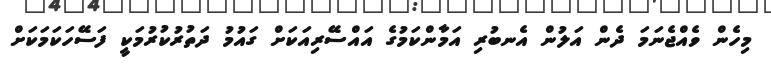
މިހެން ވެއްޖެނަމަ ދެން އަލުން އެނބުރި އަމާންކަމުގެ އައްސޭރިއަކަށް ގައުމު ދަތުރުކުރުމަކީ ފަސޭހަކަމަކަށް